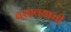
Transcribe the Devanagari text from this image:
बसावयाची